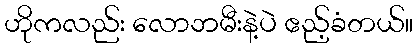
ဟိုကလည်း လောဘမီးနဲ့ပဲ ဧည့်ခံတယ်။